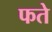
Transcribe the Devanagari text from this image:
फते